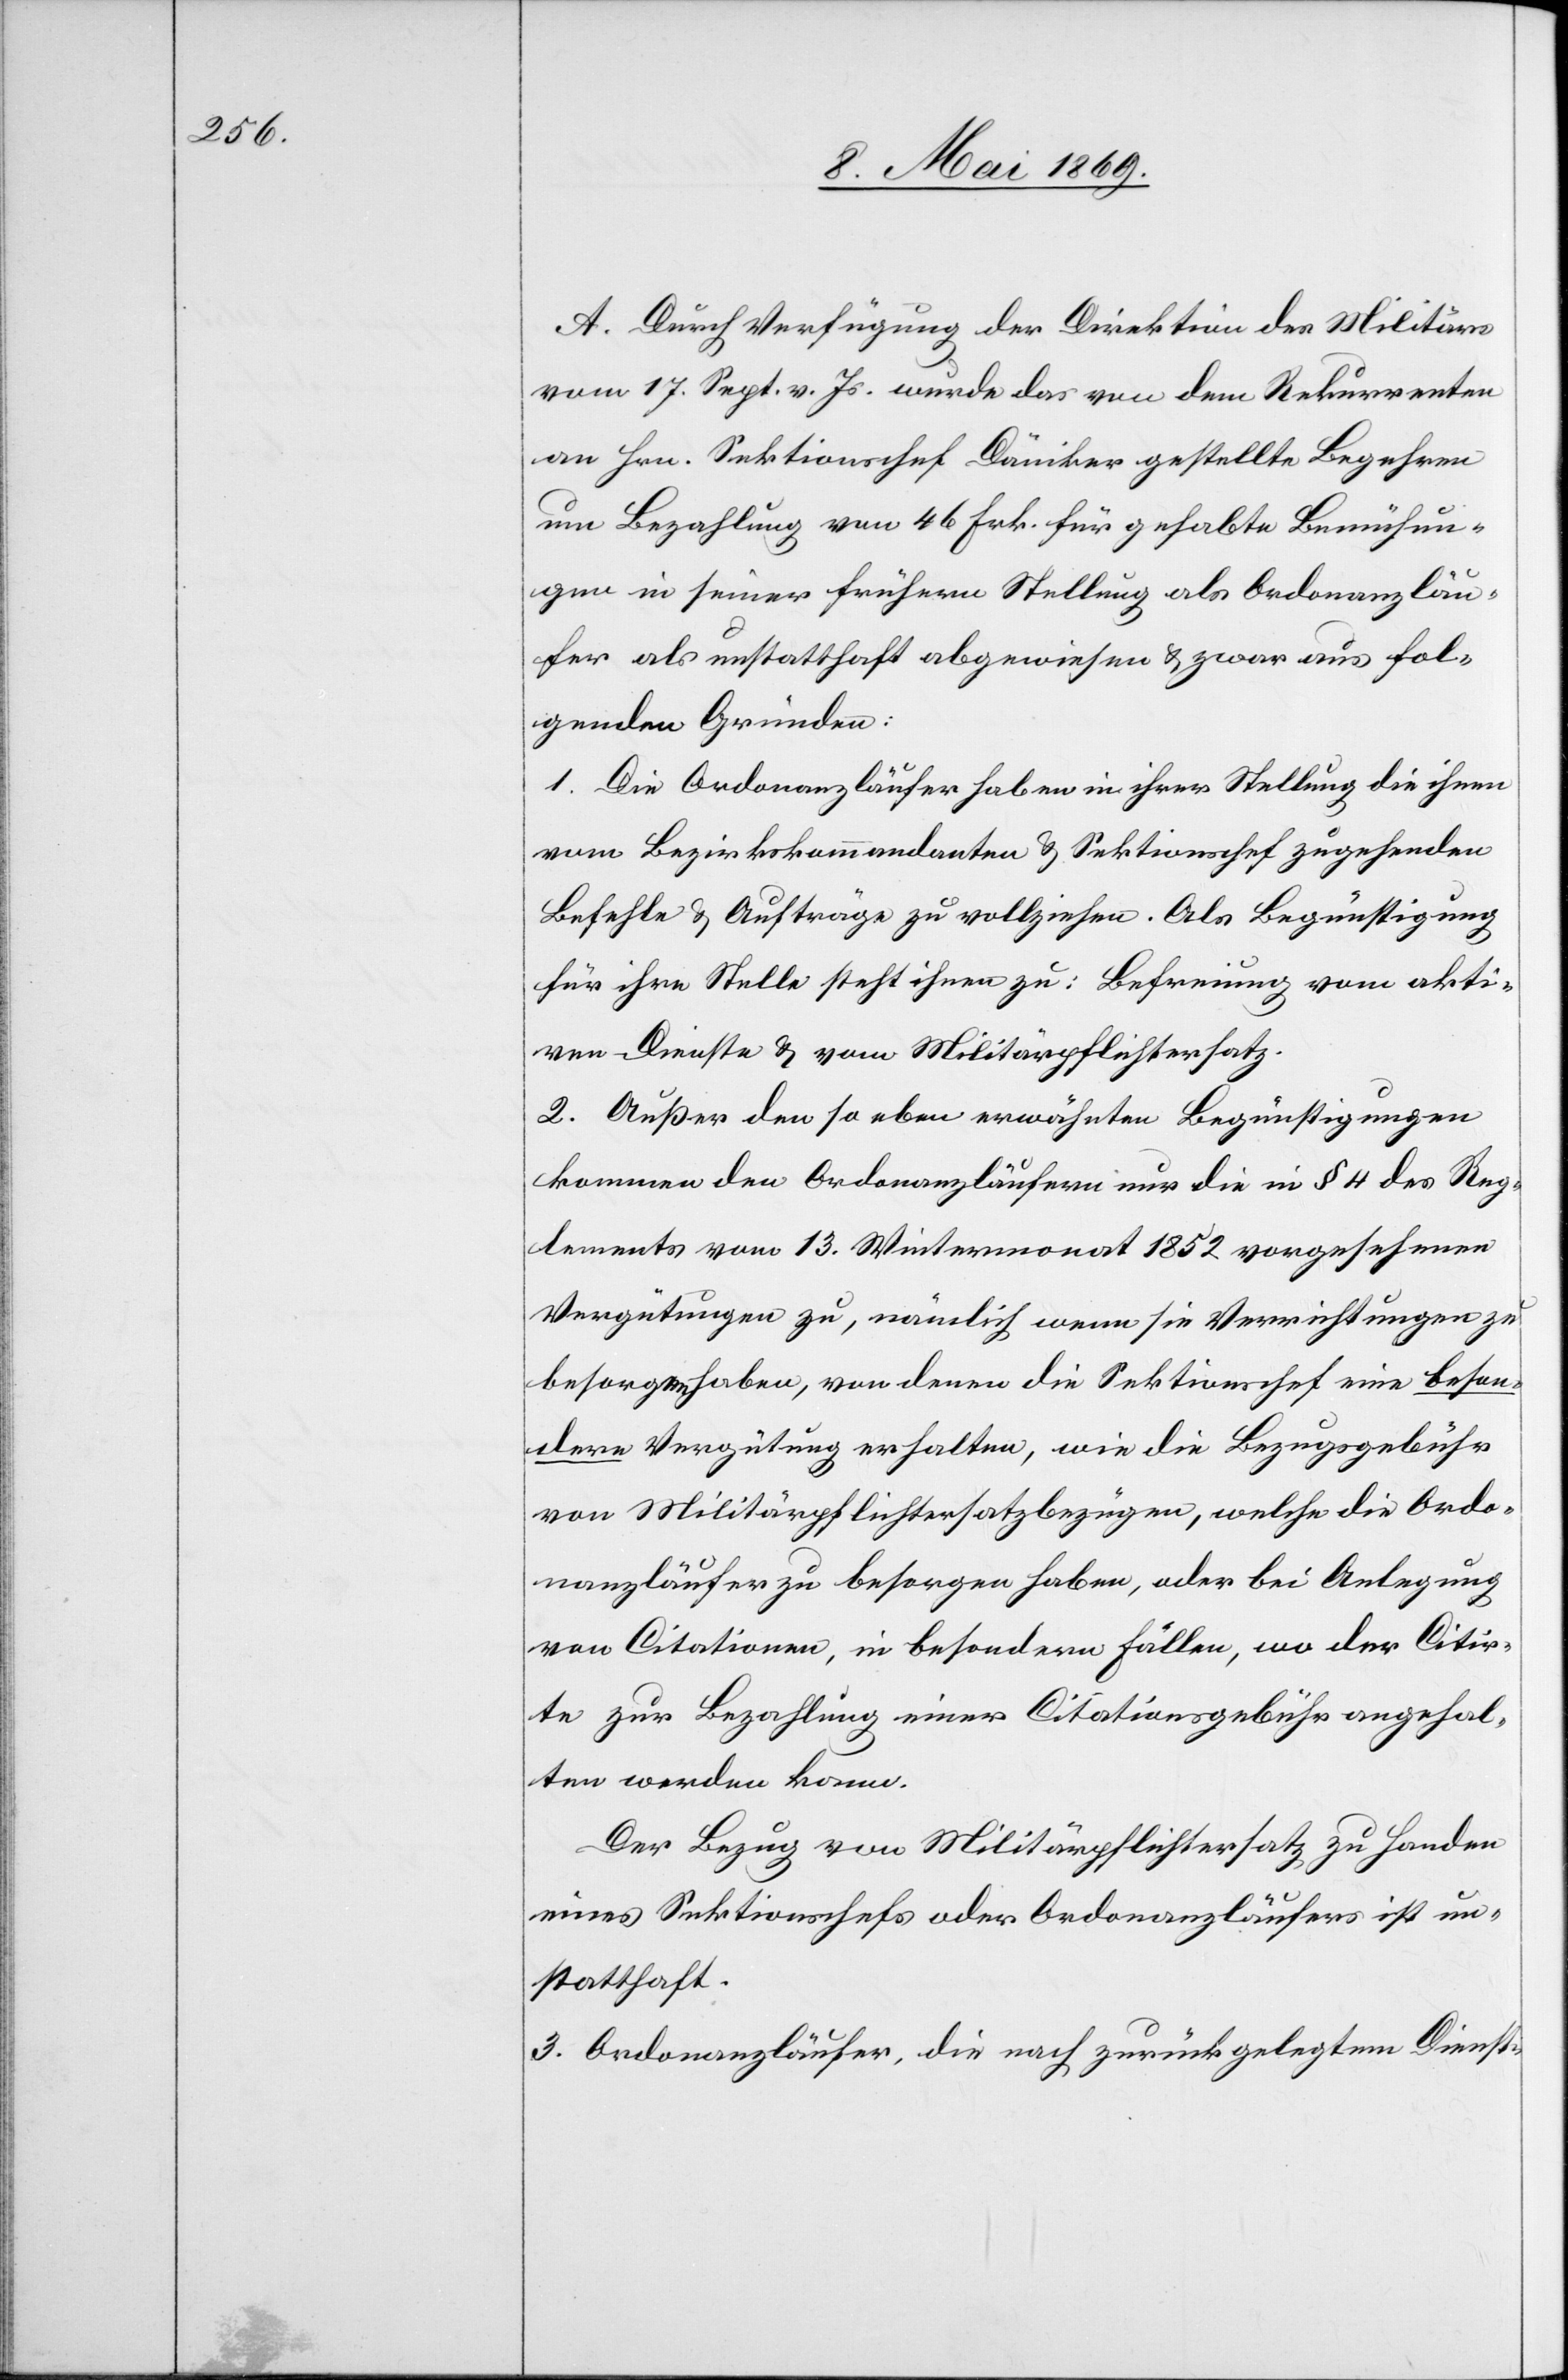
A. Durch Verfügung der Direktion des Militärs
vom 17. Sept. v. Js. wurde das von den Rekurrenten
an Hrn. Sektionschef Däniker gestellte Begehren
um Bezahlung von 46 Frk. für gehabte Bemühun¬
gen in seiner frühern Stellung als Ordonanzläu¬
fer als unstatthaft abgewiesen u. zwar aus fol¬
genden Gründen:
1. Die Ordonanzläufer haben in ihrer Stellung die ihnen
vom Bezirkskommandanten u. Sektionschef zugehenden
Befehle u. Aufträge zu vollziehen. Als Begünstigung
für ihre Stelle steht ihnen zu: Befreiung vom akti¬
ven Dienste u. vom Militärpflichtersatz.
2. Außer den so eben erwähnten Begünstigungen
kommen den Ordonanzläufern nur die in § 4 des Reg¬
lements vom 13. Wintermonat 1852 vorgesehenen
Vergütungen zu, nämlich wenn sie Verrichtungen zu
besorgen haben, von denen die Sektionschef[s] eine beson¬
dere Vergütung erhalten, wie die Bezugsgebühr
von Militärpflichtersatzbezügen, welche die Ordo¬
nanzläufer zu besorgen haben, oder bei Anlegung
von Citationen, in besondern Fällen, wo der Citir¬
te zur Bezahlung einer Citationsgebühr angehal¬
ten werden kann.
Der Bezug von Militärpflichtersatz zu Handen
eines Sektionschefs oder Ordonanzläufers ist un¬
statthaft.
3. Ordonanzläufer, die nach zurückgelegtem Dienst-